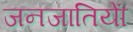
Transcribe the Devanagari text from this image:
जनजातियाें